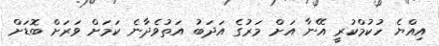
އިއްޔެ ހުކުމްކުރީ އޭނާ އަށް މަރުގެ އަދަބު އަތުވެދާނެ ކަމަށް ވަރަށް ބޮޑަށް